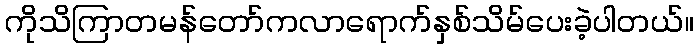
ကိုသိကြာတမန်တော်ကလာရောက်နှစ်သိမ်ပေးခဲ့ပါတယ်။